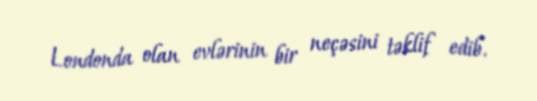
Londonda olan evlərinin bir neçəsini təklif edib.